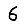
Digit: 6